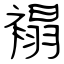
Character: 褟